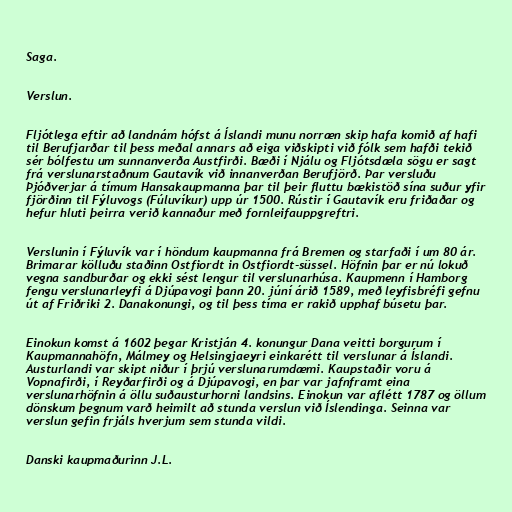
Saga.

Verslun.

Fljótlega eftir að landnám hófst á Íslandi munu norræn skip hafa komið af hafi
til Berufjarðar til þess meðal annars að eiga viðskipti við fólk sem hafði tekið
sér bólfestu um sunnanverða Austfirði. Bæði í Njálu og Fljótsdæla sögu er sagt
frá verslunarstaðnum Gautavík við innanverðan Berufjörð. Þar versluðu
Þjóðverjar á tímum Hansakaupmanna þar til þeir fluttu bækistöð sína suður yfir
fjörðinn til Fýluvogs (Fúluvíkur) upp úr 1500. Rústir í Gautavík eru friðaðar og
hefur hluti þeirra verið kannaður með fornleifauppgreftri.

Verslunin í Fýluvík var í höndum kaupmanna frá Bremen og starfaði í um 80 ár.
Brimarar kölluðu staðinn Ostfiordt in Ostfiordt-süssel. Höfnin þar er nú lokuð
vegna sandburðar og ekki sést lengur til verslunarhúsa. Kaupmenn í Hamborg
fengu verslunarleyfi á Djúpavogi þann 20. júní árið 1589, með leyfisbréfi gefnu
út af Friðriki 2. Danakonungi, og til þess tíma er rakið upphaf búsetu þar.

Einokun komst á 1602 þegar Kristján 4. konungur Dana veitti borgurum í
Kaupmannahöfn, Málmey og Helsingjaeyri einkarétt til verslunar á Íslandi.
Austurlandi var skipt niður í þrjú verslunarumdæmi. Kaupstaðir voru á
Vopnafirði, í Reyðarfirði og á Djúpavogi, en þar var jafnframt eina
verslunarhöfnin á öllu suðausturhorni landsins. Einokun var aflétt 1787 og öllum
dönskum þegnum varð heimilt að stunda verslun við Íslendinga. Seinna var
verslun gefin frjáls hverjum sem stunda vildi.

Danski kaupmaðurinn J.L.